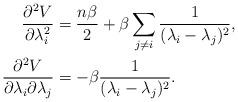
LaTeX: \begin{align*}\frac{\partial^2 V}{\partial\lambda_i^2} &= \frac{n \beta}{2} + \beta \sum_{j \ne i} \frac{1}{(\lambda_i - \lambda_j)^2},\\\frac{\partial^2 V}{\partial\lambda_i \partial \lambda_j} &= - \beta \frac{1}{(\lambda_i - \lambda_j)^2}.\end{align*}